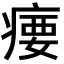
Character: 𪽳